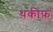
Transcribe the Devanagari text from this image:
थ़कीफ़